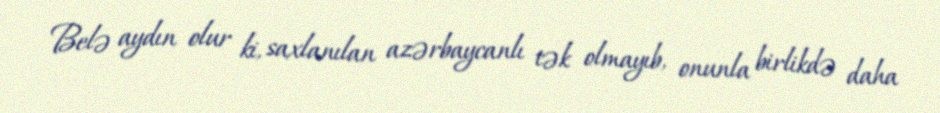
Belə aydın olur ki, saxlanılan azərbaycanlı tək olmayıb, onunla birlikdə daha